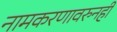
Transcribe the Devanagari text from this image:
नामकरणावरुनही